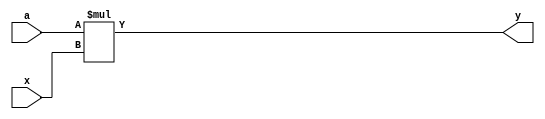
`default_nettype none
module placeholder_mult
 #( parameter WIDTH_X = 10
  , parameter WIDTH_A = 4
  )
  ( x
  , a

  , y
  );

  input  wire signed [WIDTH_X-1 : 0] x;
  input  wire signed [WIDTH_A-1 : 0] a;
  
  output wire signed [WIDTH_X + WIDTH_A-1 : 0] y;

  /* module body */
  reg  signed [WIDTH_X + WIDTH_A-1 : 0] product = 0;

  assign y = a*x;

endmodule